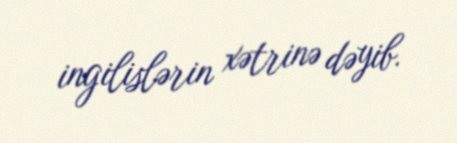
ingilislərin xətrinə dəyib.